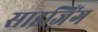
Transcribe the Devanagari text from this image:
साइज़िंग